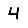
Digit: 4